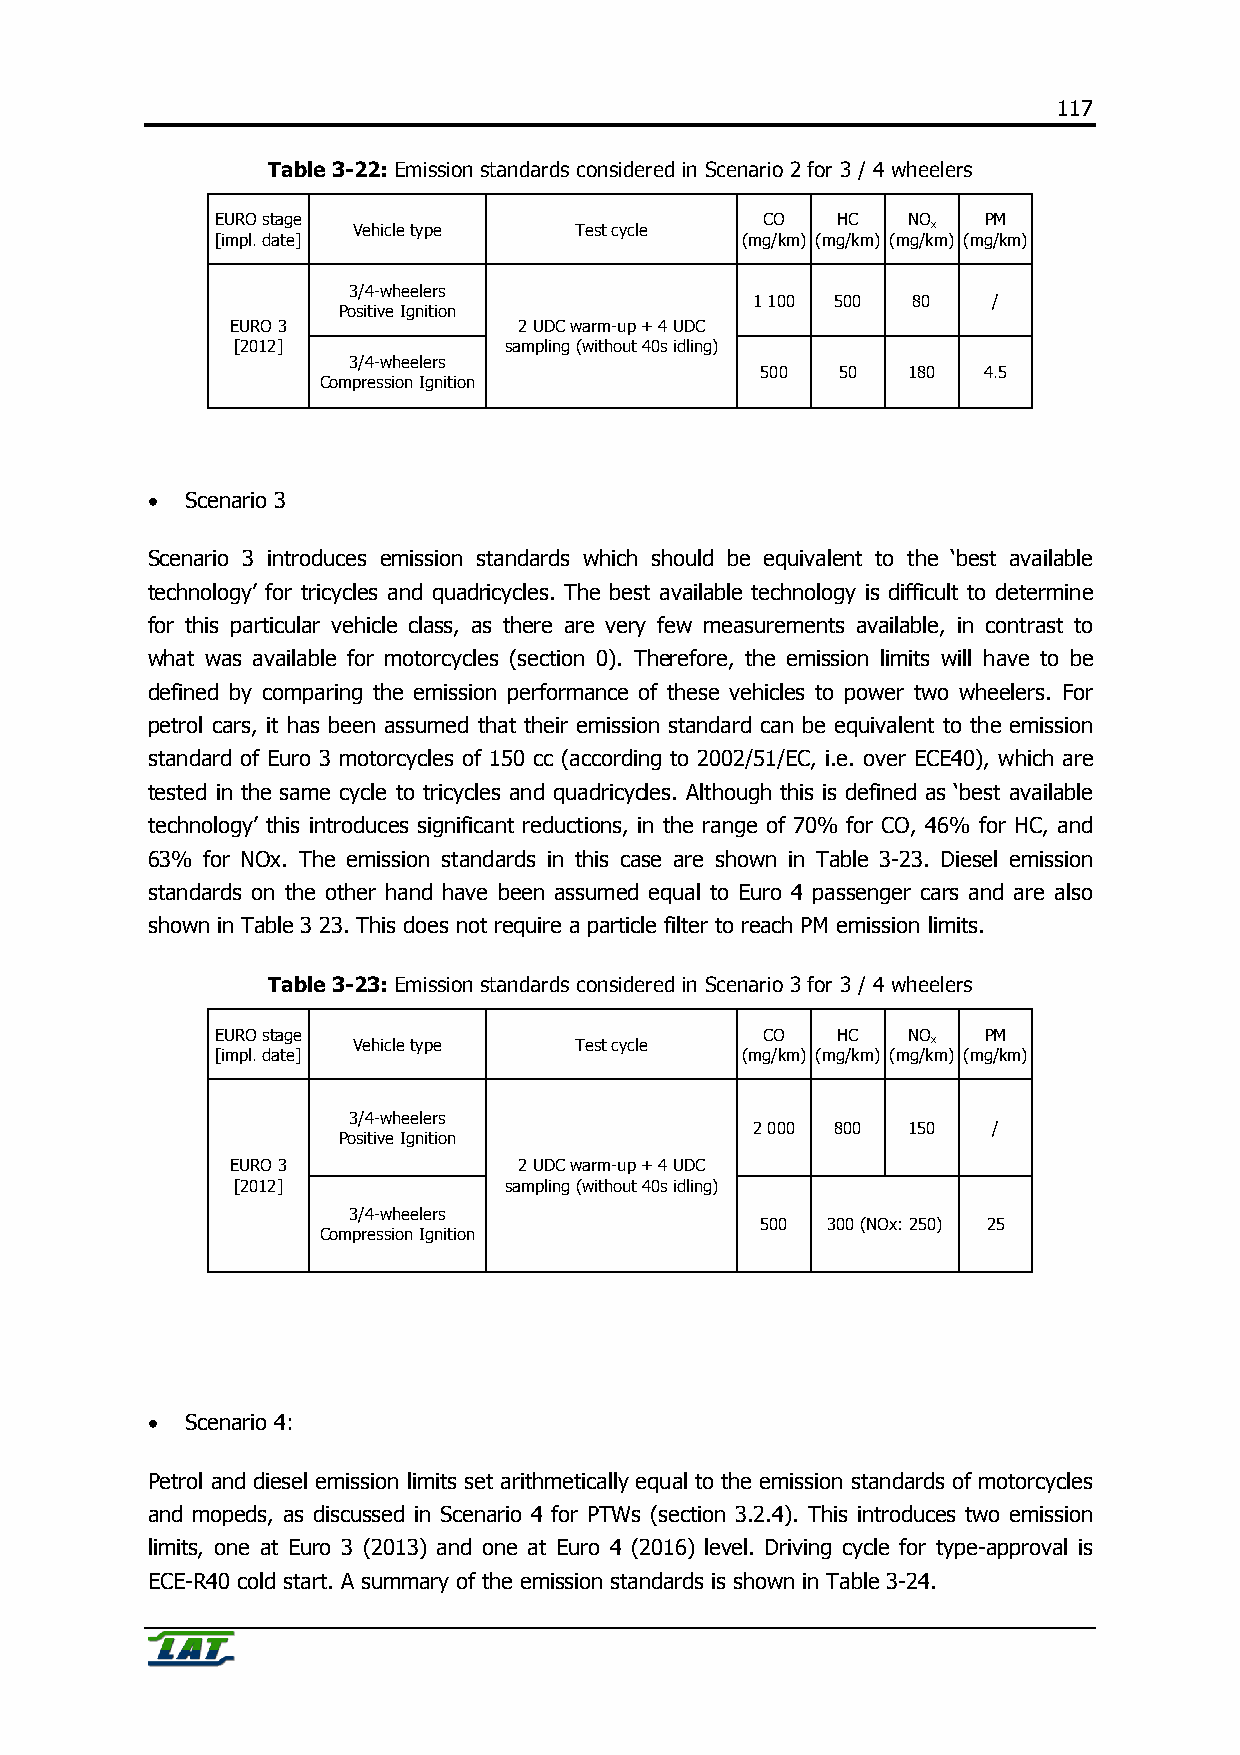
117
 Table 3-22: Emission standards considered in Scenario 2 for 3 / 4 wheelers
 EURO stage                          CO   HC   NO   PM
 Vehicle type   Test cycle              x
 [impl. date]                       (mg/km) (mg/km) (mg/km) (mg/km)
 3/4-wheelers
 1 100 500 80    /
 Positive Ignition
 EURO 3             2 UDC warm-up + 4 UDC
 [2012]            sampling (without 40s idling)
 3/4-wheelers
 500   50  180  4.5
 Compression Ignition
 • Scenario 3
 Scenario 3 introduces emission standards which should be equivalent to the ‘best available
 technology’ for tricycles and quadricycles. The best available technology is difficult to determine
 for this particular vehicle class, as there are very few measurements available, in contrast to
 what was available for motorcycles (section 0). Therefore, the emission limits will have to be
 defined by comparing the emission performance of these vehicles to power two wheelers. For
 petrol cars, it has been assumed that their emission standard can be equivalent to the emission
 standard of Euro 3 motorcycles of 150 cc (according to 2002/51/EC, i.e. over ECE40), which are
 tested in the same cycle to tricycles and quadricycles. Although this is defined as ‘best available
 technology’ this introduces significant reductions, in the range of 70% for CO, 46% for HC, and
 63% for NOx. The emission standards in this case are shown in Table 3-23. Diesel emission
 standards on the other hand have been assumed equal to Euro 4 passenger cars and are also
 shown in Table 3 23. This does not require a particle filter to reach PM emission limits.
 Table 3-23: Emission standards considered in Scenario 3 for 3 / 4 wheelers
 EURO stage                          CO   HC   NO   PM
 Vehicle type   Test cycle              x
 [impl. date]                       (mg/km) (mg/km) (mg/km) (mg/km)
 3/4-wheelers
 2 000 800 150   /
 Positive Ignition
 EURO 3             2 UDC warm-up + 4 UDC
 [2012]            sampling (without 40s idling)
 3/4-wheelers
 500  300 (NOx: 250) 25
 Compression Ignition
 • Scenario 4:
 Petrol and diesel emission limits set arithmetically equal to the emission standards of motorcycles
 and mopeds, as discussed in Scenario 4 for PTWs (section 3.2.4). This introduces two emission
 limits, one at Euro 3 (2013) and one at Euro 4 (2016) level. Driving cycle for type-approval is
 ECE-R40 cold start. A summary of the emission standards is shown in Table 3-24.